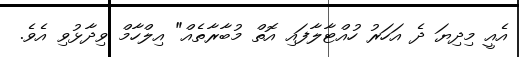
އެއީ މިދިޔަ ދެ އަހަރު ހުއްޓާލާފައި އޮތް މުބާރާތެއް" އިލްހާމް ވިދާޅުވި އެވެ.